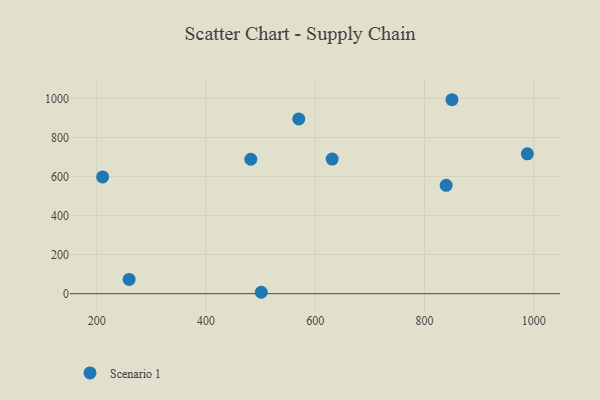
{"axis": {"x": "Study Hours", "y": "Sales"}, "legend": ["Scenario 1"], "data": [{"x": "850.3", "y": 993.1, "type": "Scenario 1"}, {"x": "482.1", "y": 688.3, "type": "Scenario 1"}, {"x": "501.3", "y": 7.3, "type": "Scenario 1"}, {"x": "210.9", "y": 597.9, "type": "Scenario 1"}, {"x": "259.4", "y": 73.0, "type": "Scenario 1"}, {"x": "569.9", "y": 894.7, "type": "Scenario 1"}, {"x": "839.7", "y": 555.1, "type": "Scenario 1"}, {"x": "631.0", "y": 689.1, "type": "Scenario 1"}, {"x": "988.3", "y": 716.2, "type": "Scenario 1"}]}